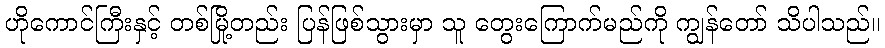
ဟိုကောင်ကြီးနှင့် တစ်မြို့တည်း ပြန်ဖြစ်သွားမှာ သူ တွေးကြောက်မည်ကို ကျွန်တော် သိပါသည်။